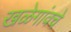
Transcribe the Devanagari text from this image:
खळेगांवचे